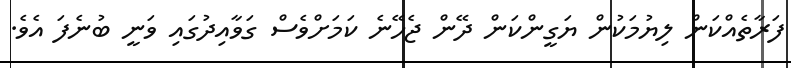
ފަރާތެއްކަން ލިޔުމަކުން ޔަގީންކަން ދޭން ޖެހޭނެ ކަމަށްވެސް ގަވާއިދުގައި ވަނީ ބުނެފަ އެވެ.